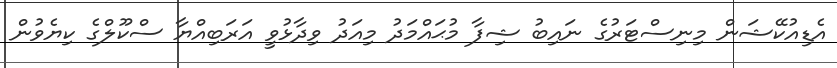
އެޑިއުކޭޝަން މިނިސްޓަރުގެ ނައިބު ޝިފާ މުޙައްމަދު މިއަދު ވިދާޅުވީ އަރަބިއްޔާ ސްކޫލްގެ ކިޔެވުން